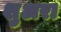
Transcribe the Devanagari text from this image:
शुअरा